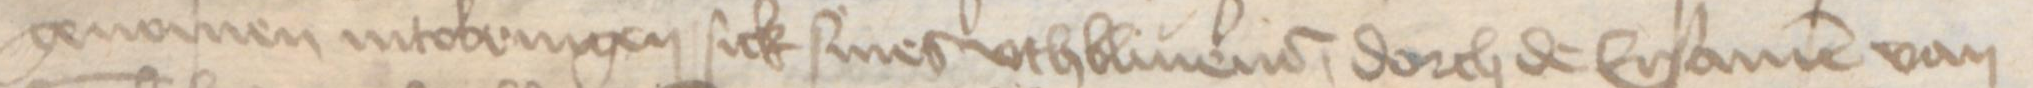
Transcription: genomen intobringen sick siner vthbliuener, dorch de Ersamen van